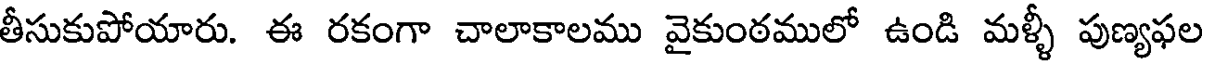
తీసుకుపోయారు. ఈ రకంగా చాలాకాలము వైకుంఠములో ఉండి మళ్ళీ పుణ్యఫల